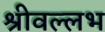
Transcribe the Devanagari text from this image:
श्रीवल्‍लभ